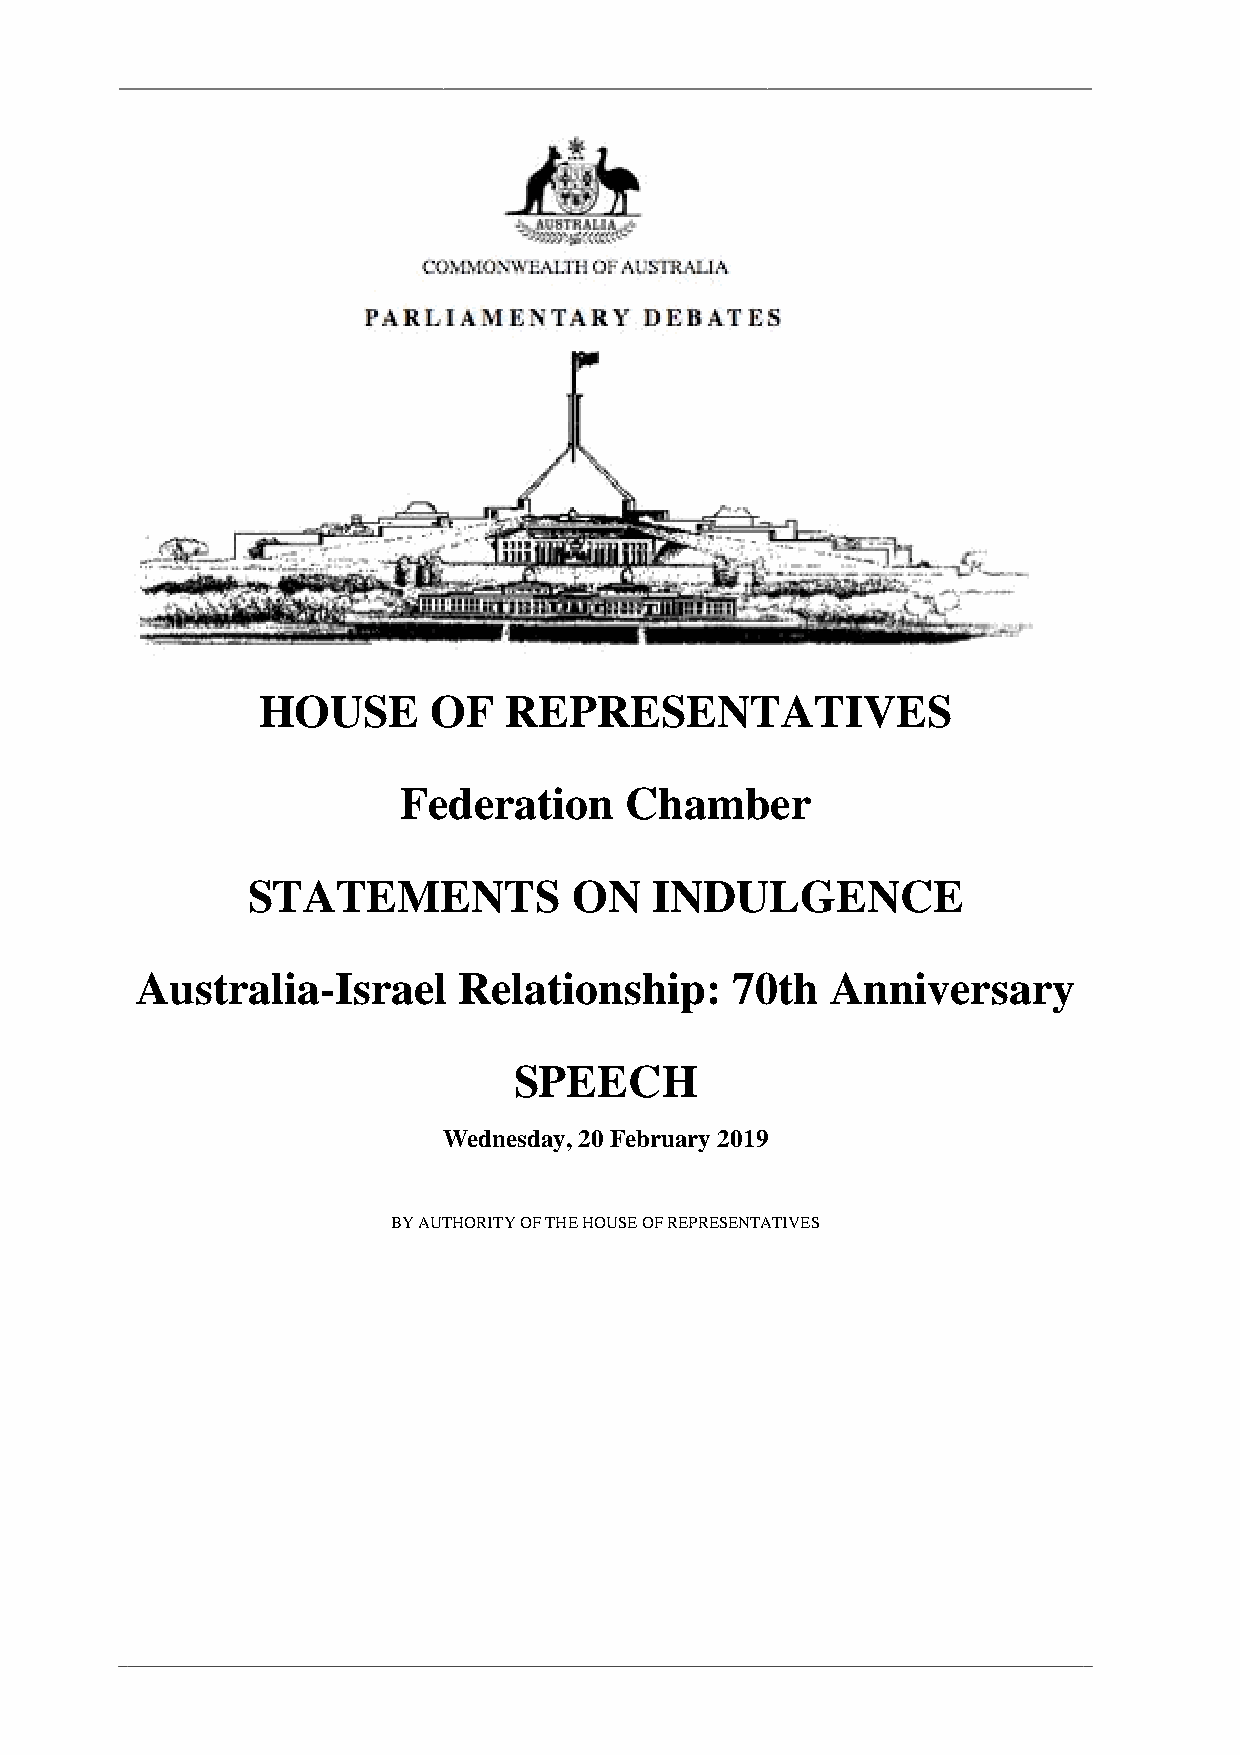
HOUSE       OF   REPRESENTATIVES
 Federation     Chamber
 STATEMENTS            ON   INDULGENCE
 Australia-Israel     Relationship:     70th   Anniversary
 SPEECH
 Wednesday, 20 February 2019
 BY AUTHORITY OF THE HOUSE OF REPRESENTATIVES